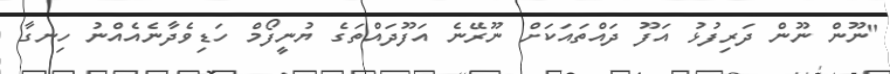
"ނޫން ނޫން ދަރިފުޅު އަފޫ ދައްތައަކަށް ނޫރޭނެ އަފޫދައްތަގެ ޔުނީފޯމް ހަޑިވެދާނެއެއްނު ހިނގާ